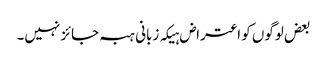
بعض لوگوں کو اعتراض ہیکہ زبانی ہبہ جائز نہیں۔